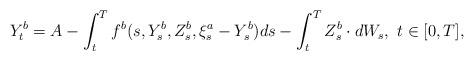
LaTeX: \begin{align*}Y_t^{b} = A-\int_{t}^{T}f^b(s, Y_s^{b}, Z_s^{b}, \xi^a_s-Y_s^{b})ds-\int_{t}^{T}Z_s^{b}\cdot dW_s, ~t\in[0, T],\end{align*}